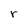
Character: r